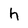
Character: h